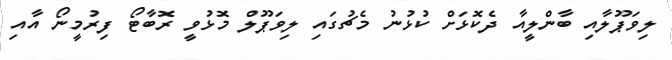
ލިވަޕޫލާއި ބާންލީއާ ދެކޮޅަށް ކުޅުނު މެޗުގައި ލިވަޕޫލް މޮޅުވީ ރޮބާޓޯ ފިރުމީނޯ އާއި